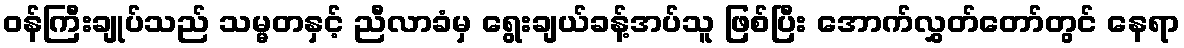
ဝန်ကြီးချုပ်သည် သမ္မတနှင့် ညီလာခံမှ ရွေးချယ်ခန့်အပ်သူ ဖြစ်ပြီး အောက်လွှတ်တော်တွင် နေရာ